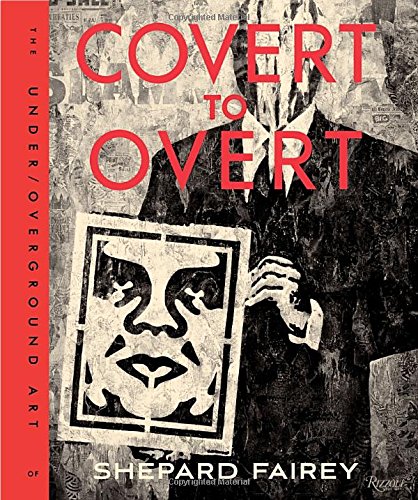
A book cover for Covert to Overt: The Under/Overground Art of Shepard Fairey; Shepard Fairey; Humor & Entertainment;